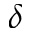
\delta